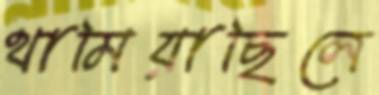
থামিয়াছিলে